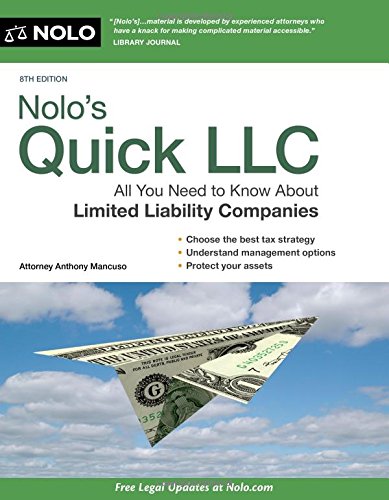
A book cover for Nolo's Quick LLC: All You Need to Know About Limited Liability Companies (Quick & Legal); Anthony Mancuso Attorney; Law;